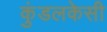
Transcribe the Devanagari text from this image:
कुंडलकेसी